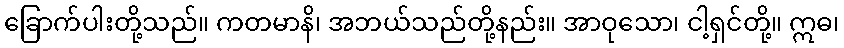
ခြောက်ပါးတို့သည်။ ကတမာနိ၊ အဘယ်သည်တို့နည်း။ အာဝုသော၊ ငါ့ရှင်တို့။ ဣဓ၊